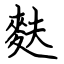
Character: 麩